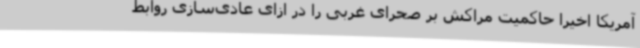
آمریکا اخیرا حاکمیت مراکش بر صحرای غربی را در ازای عادی‌سازی روابط